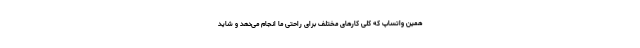
همین واتساپ که کلی کارهای مختلف برای راحتی ما انجام می‌دهد و شاید